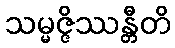
သမ္မဇ္ဇိဿန္တီတိ